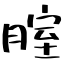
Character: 腟